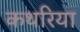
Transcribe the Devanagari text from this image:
कथरिया